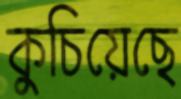
কুচিয়েছে